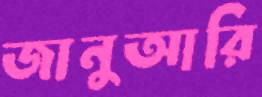
জানুআরি